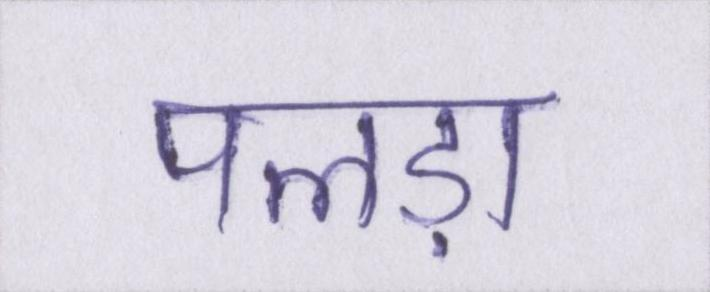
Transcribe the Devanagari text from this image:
पलड़ा